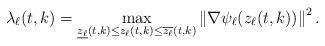
LaTeX: \begin{align*}\lambda_\ell(t, k) = \max_{\underline{z_\ell}(t, k)\le z_\ell(t, k)\le \overline{z_\ell}(t, k)} \left\|\nabla \psi_{\ell}(z_\ell(t, k))\right\|^{2}.\end{align*}